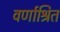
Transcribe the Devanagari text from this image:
वर्णाश्रित